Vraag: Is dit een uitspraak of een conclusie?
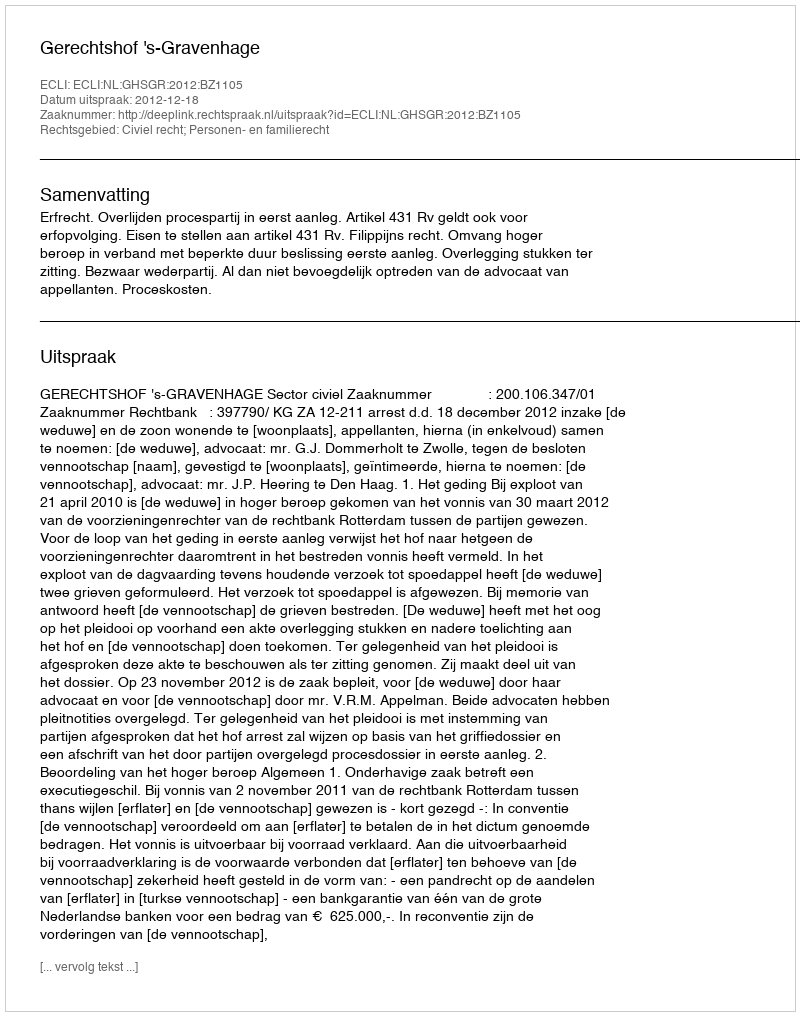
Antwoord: Uitspraak